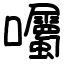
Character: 囑